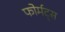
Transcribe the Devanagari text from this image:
फोर्मट्स